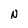
Character: N